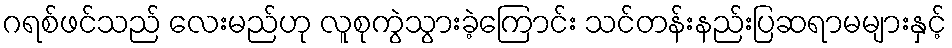
ဂရစ်ဖင်သည် လေးမည်ဟု လူစုကွဲသွားခဲ့ကြောင်း သင်တန်းနည်းပြဆရာမများနှင့်